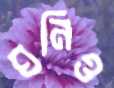
ঘনিও